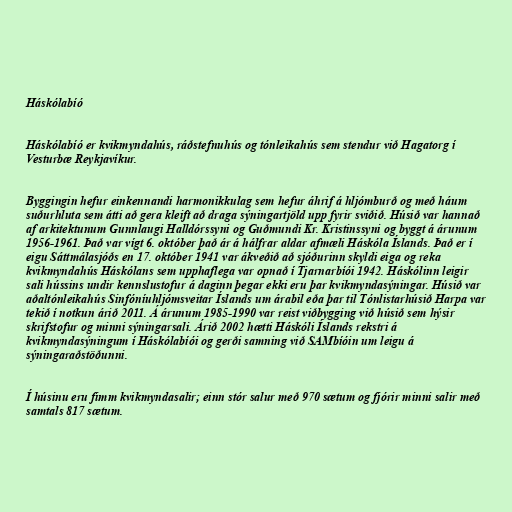
Háskólabíó

Háskólabíó er kvikmyndahús, ráðstefnuhús og tónleikahús sem stendur við Hagatorg í
Vesturbæ Reykjavíkur.

Byggingin hefur einkennandi harmonikkulag sem hefur áhrif á hljómburð og með háum
suðurhluta sem átti að gera kleift að draga sýningartjöld upp fyrir sviðið. Húsið var hannað
af arkitektunum Gunnlaugi Halldórssyni og Guðmundi Kr. Kristinssyni og byggt á árunum
1956-1961. Það var vígt 6. október það ár á hálfrar aldar afmæli Háskóla Íslands. Það er í
eigu Sáttmálasjóðs en 17. október 1941 var ákveðið að sjóðurinn skyldi eiga og reka
kvikmyndahús Háskólans sem upphaflega var opnað í Tjarnarbíói 1942. Háskólinn leigir
sali hússins undir kennslustofur á daginn þegar ekki eru þar kvikmyndasýningar. Húsið var
aðaltónleikahús Sinfóníuhljómsveitar Íslands um árabil eða þar til Tónlistarhúsið Harpa var
tekið í notkun árið 2011. Á árunum 1985-1990 var reist viðbygging við húsið sem hýsir
skrifstofur og minni sýningarsali. Árið 2002 hætti Háskóli Íslands rekstri á
kvikmyndasýningum í Háskólabíói og gerði samning við SAMbíóin um leigu á
sýningaraðstöðunni.

Í húsinu eru fimm kvikmyndasalir; einn stór salur með 970 sætum og fjórir minni salir með
samtals 817 sætum.